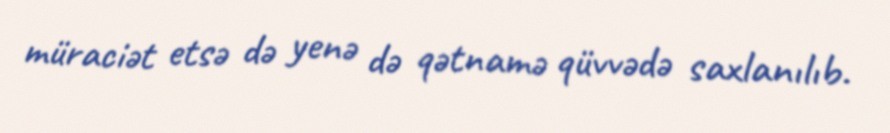
müraciət etsə də yenə də qətnamə qüvvədə saxlanılıb.